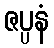
ဇပ္ပနံ